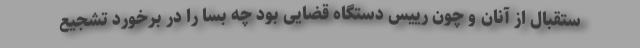
ستقبال از آنان و چون رییس دستگاه قضایی بود چه بسا را در برخورد تشجیع